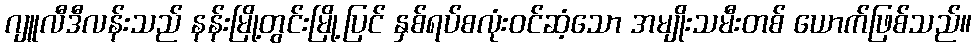
ဂျူလီဒီလန်းသည် နန်းမြို့တွင်းမြို့ပြင် နှစ်ရပ်စလုံးဝင်ဆံ့သော အမျိုးသမီးတစ် ယောက်ဖြစ်သည်။